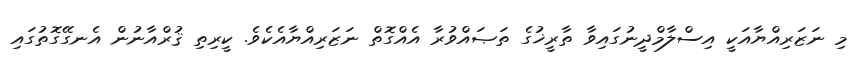
މި ނަޒަރިއްޔާއަކީ އިސްލާމްދީނުގައިވާ ތާރީޚުގެ ތަޞައްވުރާ އެއްގޮތް ނަޒަރިއްޔާއެކެވެ. ކީރިތި ޤުރްއާނުން އެނގޭގޮތުގައި